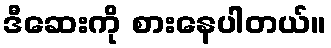
ဒီဆေးကို စားနေပါတယ်။